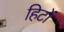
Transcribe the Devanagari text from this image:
हिटों